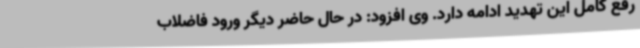
رفع کامل این تهدید ادامه دارد. وی افزود: در حال حاضر دیگر ورود فاضلاب